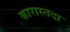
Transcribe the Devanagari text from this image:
कारास्तदा